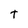
Character: t